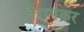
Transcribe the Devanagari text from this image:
वैरागकर